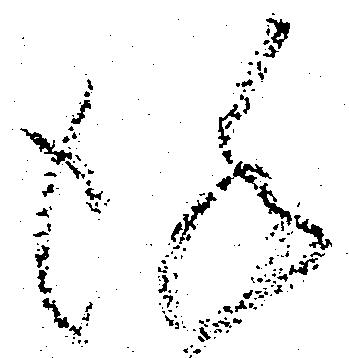
謹